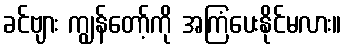
ခင်ဗျား ကျွန်တော့်ကို အကြံပေးနိုင်မလား။